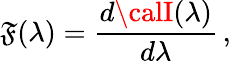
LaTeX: \mathfrak{F}(\lambda)=\frac{{d{\calI}(\lambda)}}{{d\lambda}}\, ,